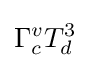
\Gamma _{c}^{v}T_{d}^{3}